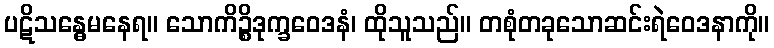
ပဋိသန္ဓေမနေရ။ သောကိဉ္စိဒုက္ခဝေဒနံ၊ ထိုသူသည်။ တစုံတခုသောဆင်းရဲဝေဒနာကို။